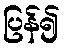
ပြန်၍